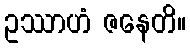
ဥဿာဟံ ဇနေတိ။